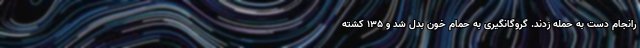
رانجام دست به حمله زدند. گروگانگیری به حمام خون بدل شد و ۱۳۵ کشته